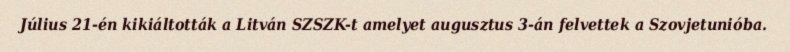
Július 21-én kikiáltották a Litván SZSZK-t amelyet augusztus 3-án felvettek a Szovjetunióba.